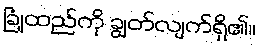
ခြုံထည်ကို ချွတ်လျက်ရှိ၏။